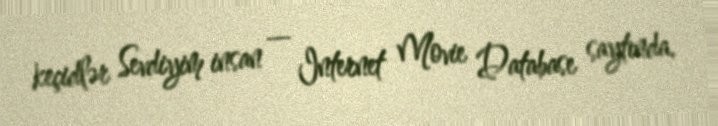
keçidlər Sevdiyim insan — Internet Movie Database saytında.